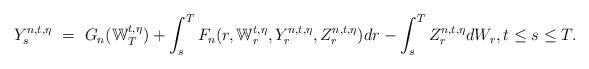
LaTeX: \begin{align*}Y_s^{n,t,\eta} \ = \ G_n(\mathbb W_T^{t,\eta}) + \int_s^T F_n(r,\mathbb W_r^{t,\eta},Y_r^{n,t,\eta},Z_r^{n,t,\eta}) dr - \int_s^T Z_r^{n,t,\eta} dW_r, t \leq s \leq T.\end{align*}